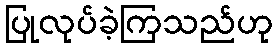
ပြုလုပ်ခဲ့ကြသည်ဟု